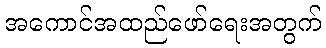
အကောင်အထည်ဖော်ရေးအတွက်